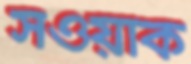
সওয়াক